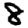
Digit: 8